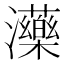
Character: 𤄶